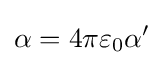
\alpha =4\pi \varepsilon _{0}\alpha '